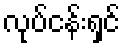
လုပ်ငန်းရှင်